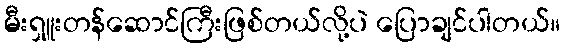
မီးရှူးတန်ဆောင်ကြီးဖြစ်တယ်လို့ပဲ ပြောချင်ပါတယ်။